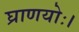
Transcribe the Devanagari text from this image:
घ्राणयोः।